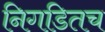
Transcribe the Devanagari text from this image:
निगडितच